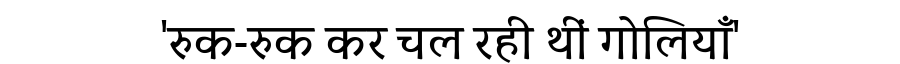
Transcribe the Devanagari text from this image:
'रुक-रुक कर चल रही थीं गोलियाँ'